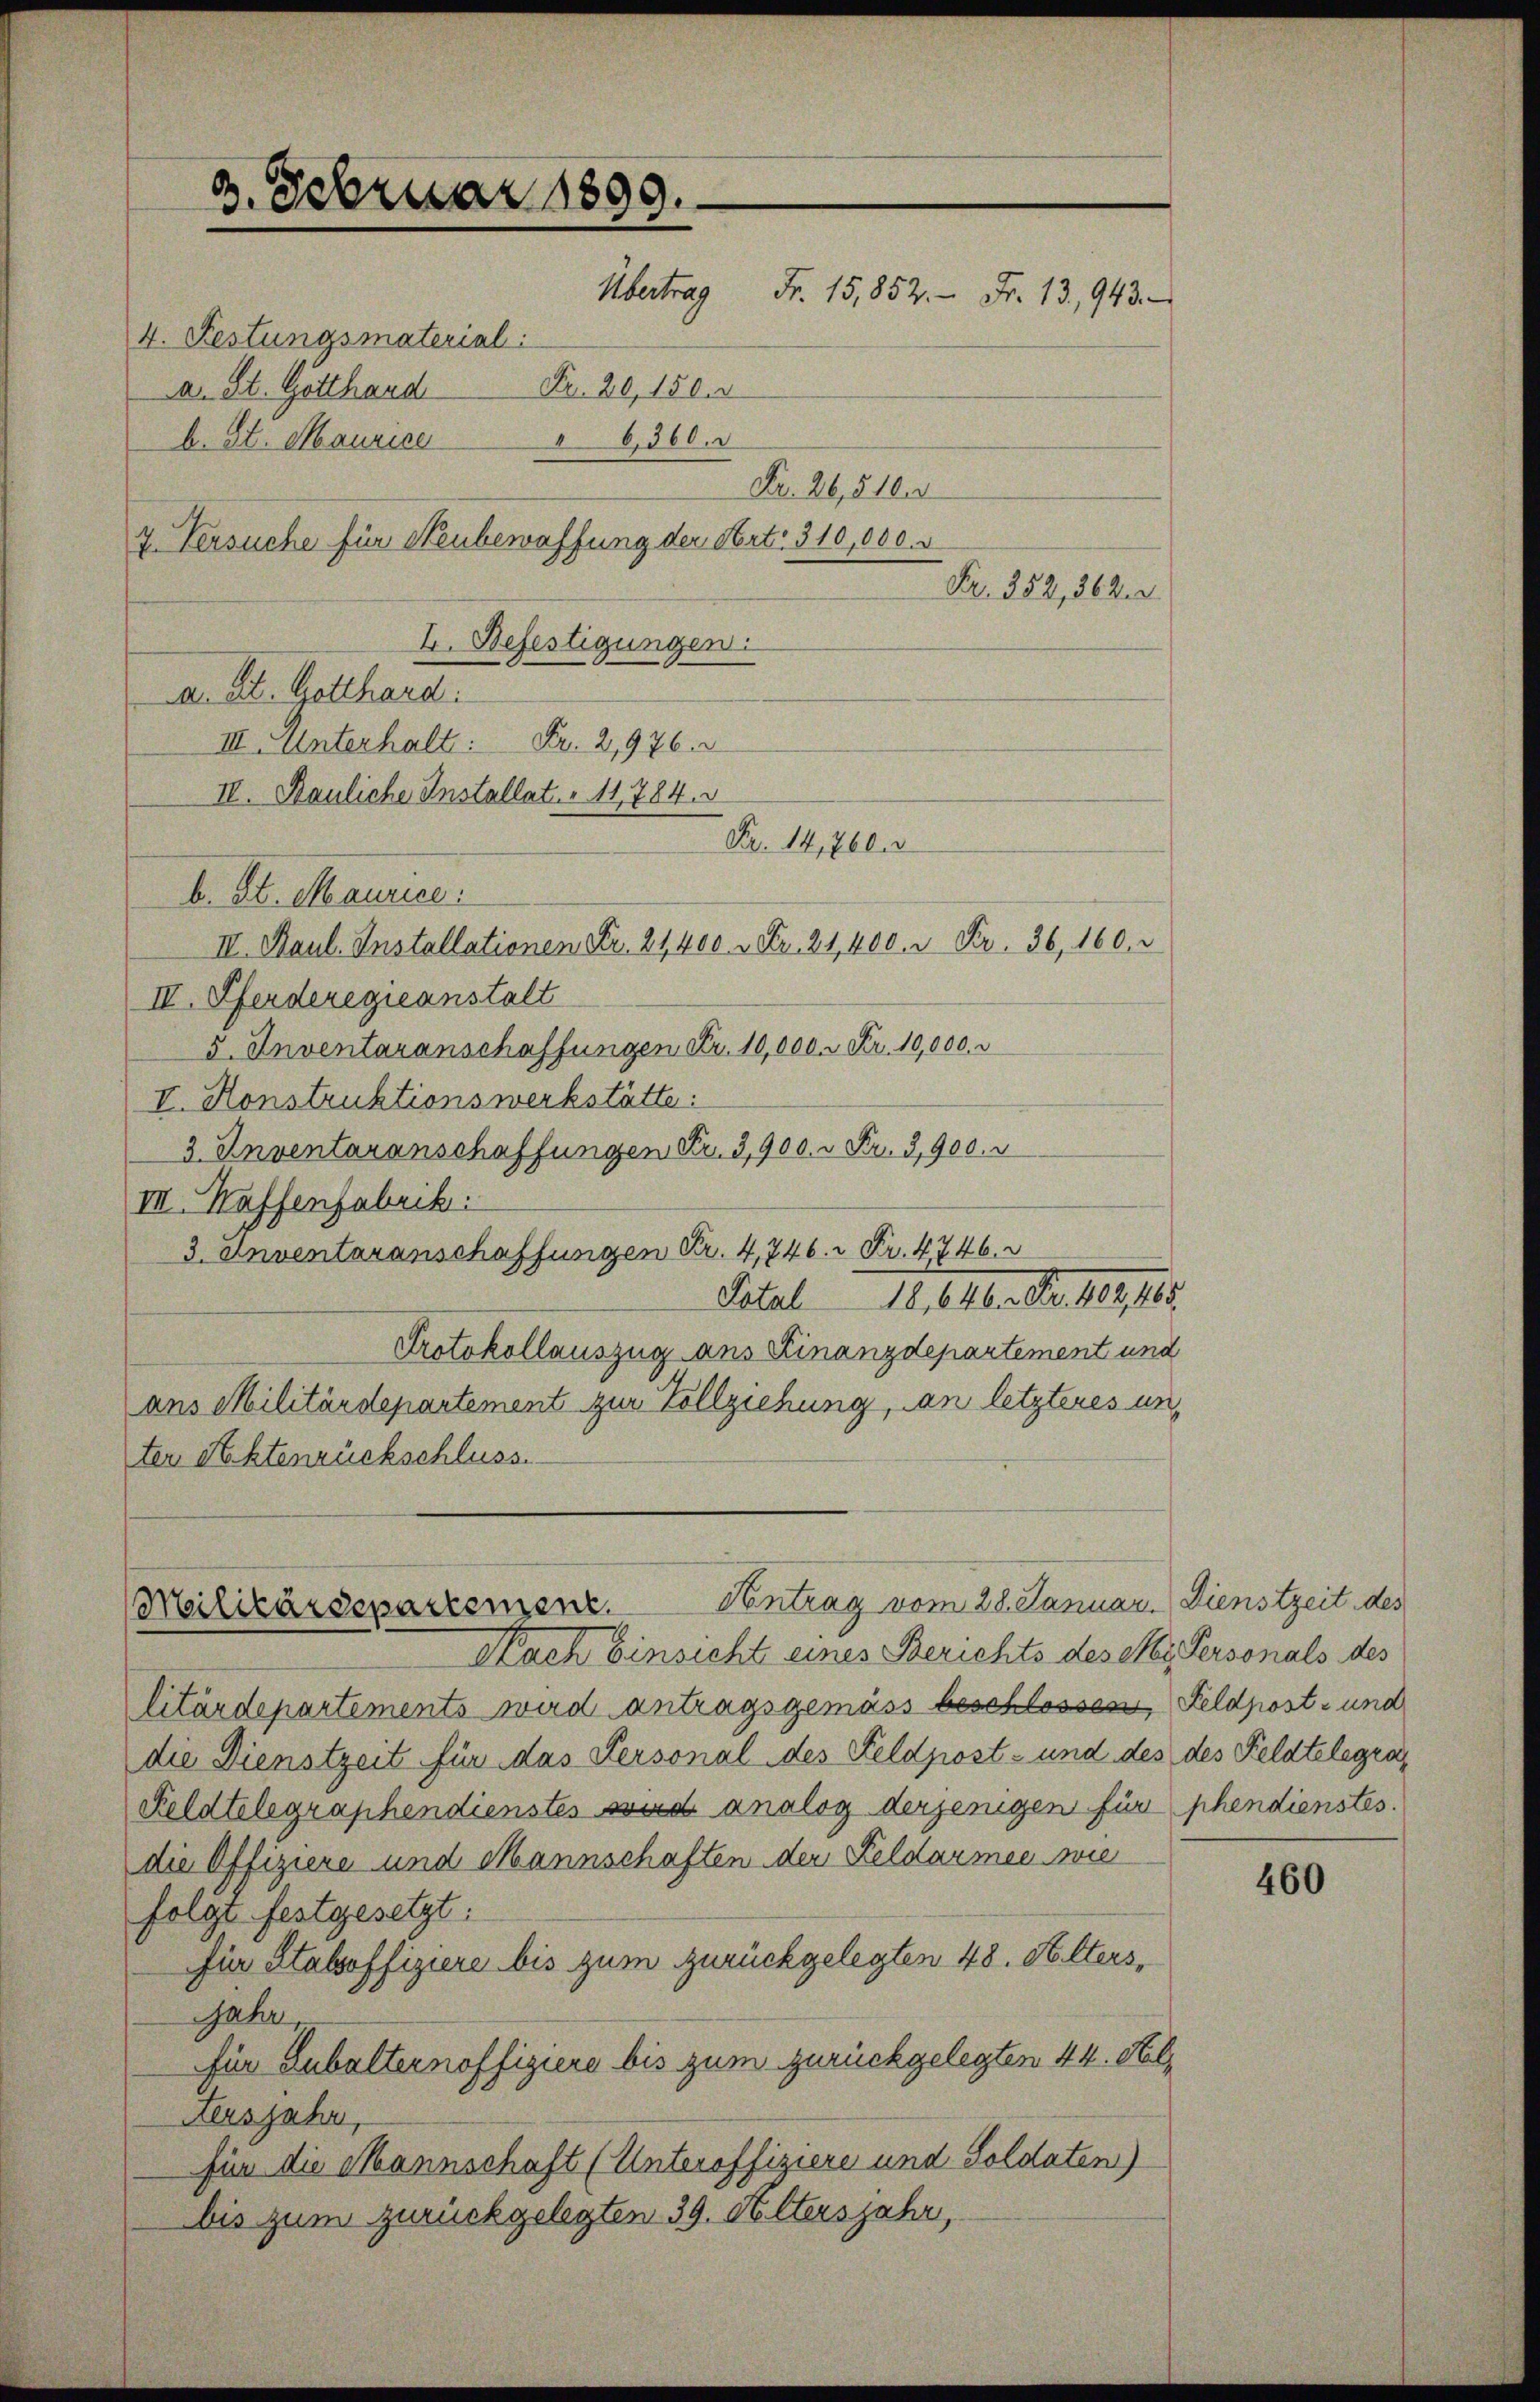
9. Februar 1899.
Übertrag Fr. 15,852. - Fr. 13,943.
A. St. Gotthard Fr. 20, 150. r
b. St. Maurice " 6, 360.
Fr. 26,5102
7. Versuche für Neubewaffung der Art. 310,000. r
Fr. 352,362. 2
I. Befestigungen:
a. St. Gotthard.
III. Unterhalt: Fr. 2,976.
IV. Pauliche Installat. " 11784. 5
Nr. 14, 760
b. St. Maurice:
III. Paul. Installationen Fr. 21400 Fr. 21,400 u. Fr. 36, 160.

4. Festungsmaterial

IV. Pferderegieanstalt
5. Inventaranschaffungen Fr. 10,000 Fr. 10,000.
V. Konstruktionswerkstätte:
3. Inventaranschaffungen Fr. 3900. u Fr. 3,900. v
III. Haffenfabrik.
3. Anventaranschaffungen Fr. 4,746.  Fr. 4746.
14. Alber No. 189, 185.
Patal
Protokollauszug aus Finanzdepartement und
ans Militärdepartement zur Vollziehung, an letzteres unter Aktenrückschluss.

(Militärdepartemenz. Antrag vom 28. Januar. Dienstzeit des
Nach Einsicht eines Berichts des M. Personals des

litärdepartements wird antragsgemäss beschlossen, Feldpost- und
die Dienstzeit für das Personal des Feldpost- und des des Feldtelegra¬
Feldtelegraphendienstes wird analog derjenigen für phendienstes.
die Offiziere und Mannschaften der Feldarmee wie
folgt festgesetzt:
für Stabsoffiziere bis zum zurückgelegten 48. Alters,
Jahr,
für Lubalternoffiziere bis zum zurückgelegten 44. Fel¬
Feusjahr,
für die Mannschaft (Unteroffiziere und Soldaten)
bis zum zurückgelegten 39. Altersjahr,

460